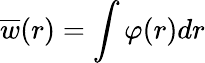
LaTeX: \overline{{w}}(r)=\int\varphi(r)dr